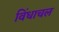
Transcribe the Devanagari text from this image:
विंधाचल